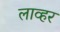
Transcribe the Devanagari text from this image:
लाव्हर